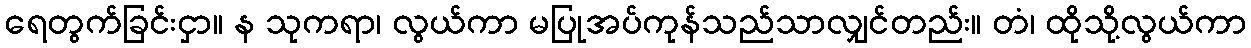
ရေတွက်ခြင်းငှာ။ န သုကရာ၊ လွယ်ကာ မပြုအပ်ကုန်သည်သာလျှင်တည်း။ တံ၊ ထိုသို့လွယ်ကာ